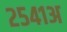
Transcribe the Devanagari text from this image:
२५४१अ